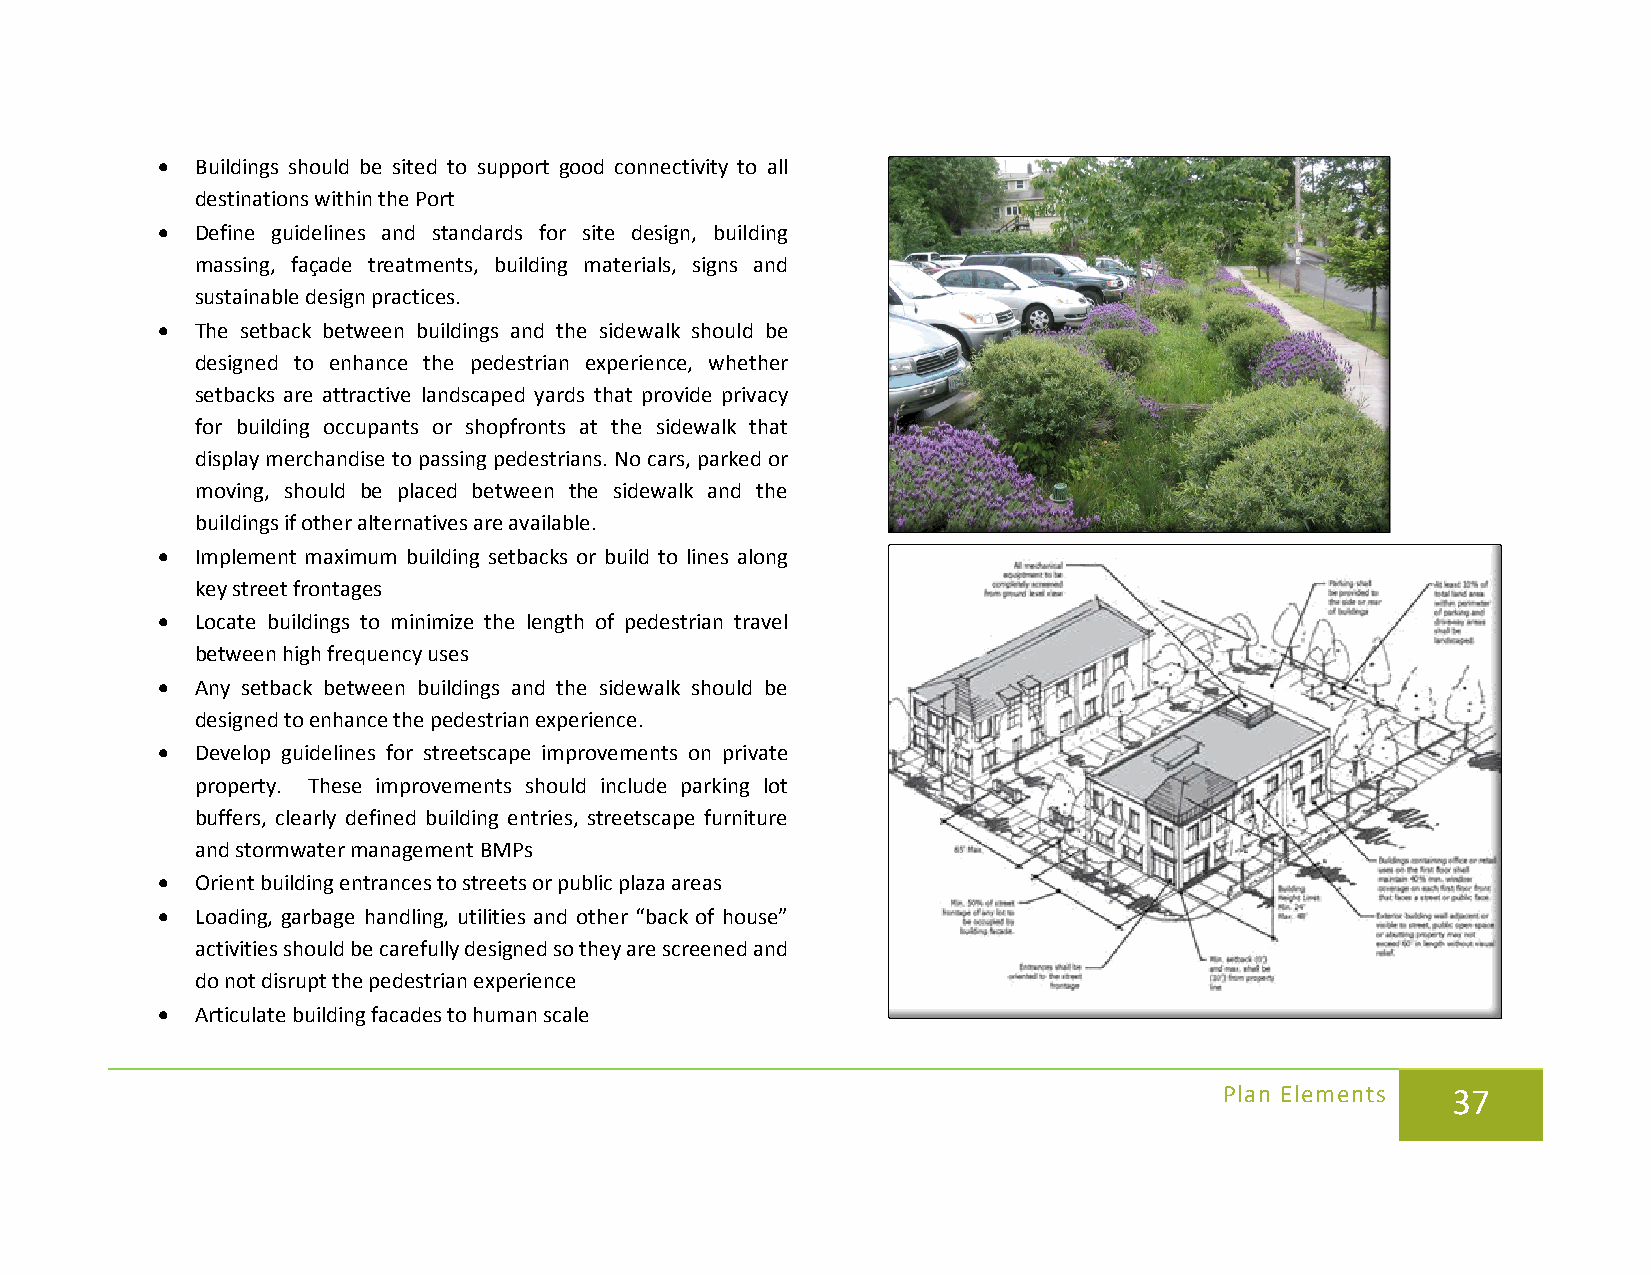
•  Buildings should be sited to support good connectivity to all
 destinations within the Port
 •  Define guidelines and standards for site design, building
 massing, façade treatments, building materials, signs and
 sustainable design practices.
 •  The setback between buildings and the sidewalk should be
 designed to enhance the pedestrian experience, whether
 setbacks are attractive landscaped yards that provide privacy
 for building occupants or shopfronts at the sidewalk that
 display merchandise to passing pedestrians. No cars, parked or
 moving, should be placed between the sidewalk and the
 buildings if other alternatives are available.
 •  Implement maximum building setbacks or build to lines along
 key street frontages
 •  Locate buildings to minimize the length of pedestrian travel
 between high frequency uses
 •  Any setback between buildings and the sidewalk should be
 designed to enhance the pedestrian experience.
 •  Develop guidelines for streetscape improvements on private
 property. These improvements should include parking lot
 buffers, clearly defined building entries, streetscape furniture
 and stormwater management BMPs
 •  Orient building entrances to streets or public plaza areas
 •  Loading, garbage handling, utilities and other “back of house”
 activities should be carefully designed so they are screened and
 do not disrupt the pedestrian experience
 •  Articulate building facades to human scale
 Plan Elements  37